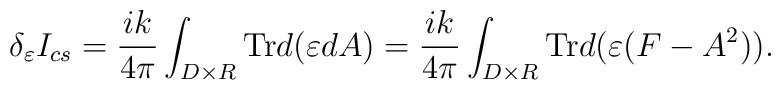
\delta_{\varepsilon}I_{cs}=\frac{ik}{4\pi}\int_{D\times R}\mbox{Tr}d(\varepsilon dA)=\frac{ik}{4\pi}\int_{D\times R}\mbox{Tr} d(\varepsilon(F-A^2)).